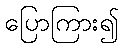
ပြောကြား၍